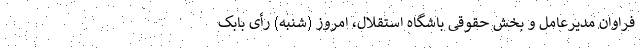
فراوان مدیرعامل و بخش حقوقی باشگاه استقلال، امروز (شنبه) رأی بابک